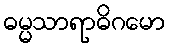
ဓမ္မသာရာဓိဂမော